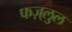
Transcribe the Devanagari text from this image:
फज़्लुल